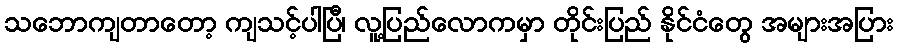
သဘောကျတာတော့ ကျသင့်ပါပြီ၊ လူ့ပြည်လောကမှာ တိုင်းပြည် နိုင်ငံတွေ အများအပြား